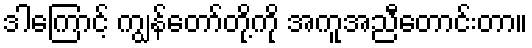
ဒါကြောင့် ကျွန်တော်တို့ကို အကူအညီတောင်းတာ။